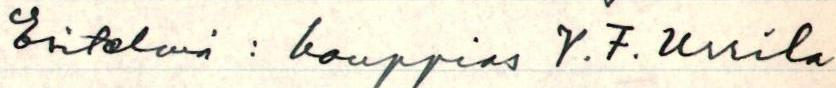
Esitelmä : kauppias V. F. Urrila